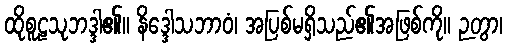
ထိုစူဠသုဘဒ္ဒါ၏။ နိဒ္ဒေါသဘာဝံ၊ အပြစ်မရှိသည်၏အဖြစ်ကို။ ဉတွာ၊